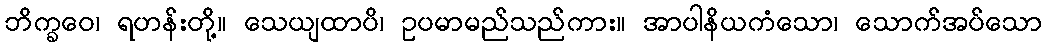
ဘိက္ခဝေ၊ ရဟန်းတို့။ သေယျထာပိ၊ ဥပမာမည်သည်ကား။ အာပါနိယကံသော၊ သောက်အပ်သော